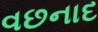
વછનાદ